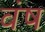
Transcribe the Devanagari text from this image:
वंष